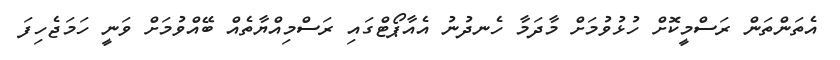
އެތަންތަން ރަސްމީކޮށް ހުޅުވުމަށް މާދަމާ ހެނދުނު އެއާޕޯޓްގައި ރަސްމިއްޔާތެއް ބޭއްވުމަށް ވަނީ ހަމަޖެހިފަ